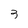
Character: 3